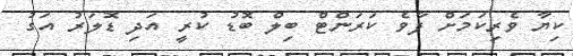
ކިޔާ ވެރިކަމަށް ފާވެ ކަރަންްޓް ބިލް ބޮޑު ކުރީ އަދި ޑޮލަރު އަގު